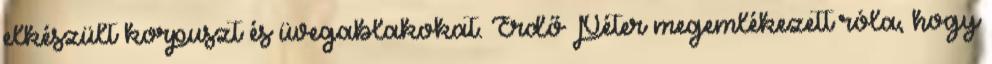
elkészült korpuszt és üvegablakokat. Erdő Péter megemlékezett róla, hogy